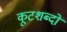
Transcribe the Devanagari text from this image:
कूटशब्दों